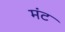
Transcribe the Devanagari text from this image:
मंट